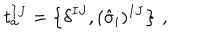
t _ { a } ^ { I J } = \left\{ \delta ^ { I J } , ( \hat { \sigma } _ { i } ) ^ { I J } \right\} \, ,